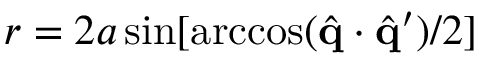
r = 2 a \sin [ \operatorname { a r c c o s } ( \hat { \mathbf { q } } \cdot \hat { \mathbf { q } } ^ { \prime } ) / 2 ]